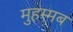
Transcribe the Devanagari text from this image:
मुहम्मब